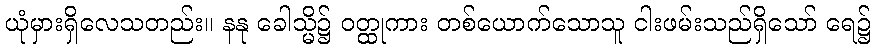
ယုံမှားရှိလေသတည်း။ နနု ခေါသ္မိ၌ ဝတ္ထုကား တစ်ယောက်သောသူ ငါးဖမ်းသည်ရှိသော် ရေ၌